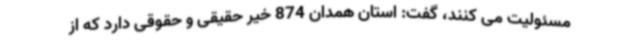
مسئولیت می کنند، گفت: استان همدان 874 خیر حقیقی و حقوقی دارد که از